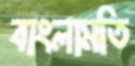
বাংলামতি